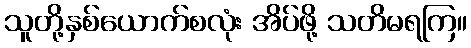
သူတို့နှစ်ယောက်စလုံး အိပ်ဖို့ သတိမရကြ။